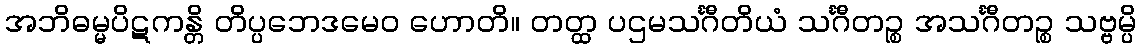
အဘိဓမ္မပိဋကန္တိ တိပ္ပဘေဒမေဝ ဟောတိ။ တတ္ထ ပဌမသင်္ဂီတိယံ သင်္ဂီတဉ္စ အသင်္ဂီတဉ္စ သဗ္ဗမ္ပိ